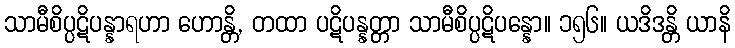
သာမီစိပ္ပဋိပန္နာရဟာ ဟောန္တိ, တထာ ပဋိပန္နတ္တာ သာမီစိပ္ပဋိပန္နော။ ၁၅၆။ ယဒိဒန္တိ ယာနိ